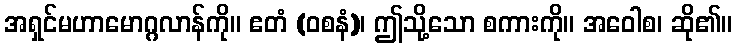
အရှင်မဟာမောဂ္ဂလာန်ကို။ ဧတံ (ဝစနံ)၊ ဤသို့သော စကားကို။ အဝေါစ၊ ဆို၏။